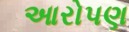
આરોપણ